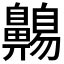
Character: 𲎡